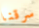
سرقنا